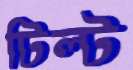
টিল্ট